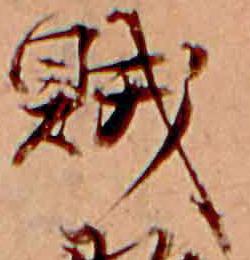
賊